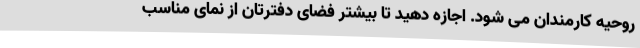
روحیه کارمندان می شود. اجازه دهید تا بیشتر فضای دفترتان از نمای مناسب